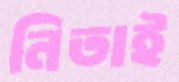
নিতাই